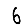
Digit: 6